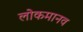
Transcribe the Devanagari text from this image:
लोकमानव